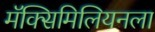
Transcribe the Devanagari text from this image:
मॅक्सिमिलियनला